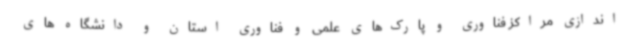
اندازی مراکز فناوری و پارک‌های علمی و فناوری استان و دانشگاه های